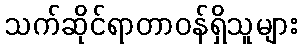
သက်ဆိုင်ရာတာဝန်ရှိသူများ